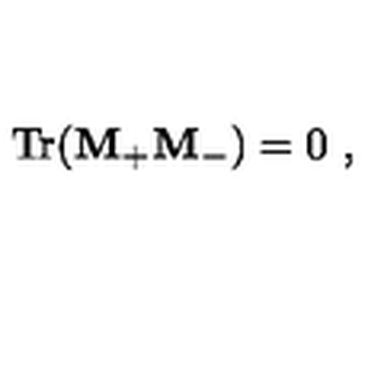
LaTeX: \mathrm { T r } ( { \bf M } _ { + } { \bf M } _ { - } ) = 0 \ ,